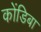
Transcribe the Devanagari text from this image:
कोंडिबा